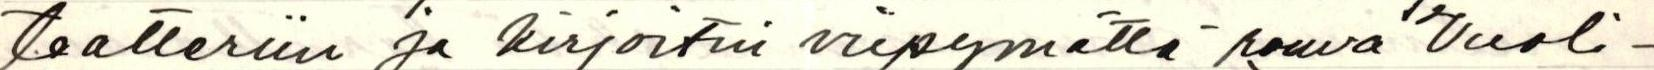
teatteriin ja kirjoitin viipymättä rouva Vuoli-